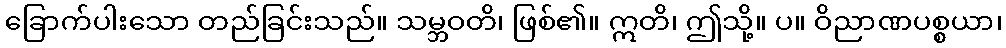
ခြောက်ပါးသော တည်ခြင်းသည်။ သမ္ဘဝတိ၊ ဖြစ်၏။ ဣတိ၊ ဤသို့။ ပ။ ဝိညာဏပစ္စယာ၊